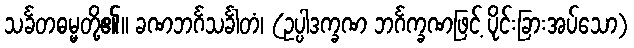
သင်္ခတဓမ္မတို့၏။ ခဏဘင်္ဂသင်္ခါတံ၊ (ဥပ္ပါဒက္ခဏ ဘင်္ဂက္ခဏဖြင့် ပိုင်းခြားအပ်သော)